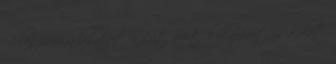
Beleszórom a lisztet, a sütőport, kakaóport és a diót.